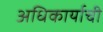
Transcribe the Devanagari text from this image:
अधिकार्याची